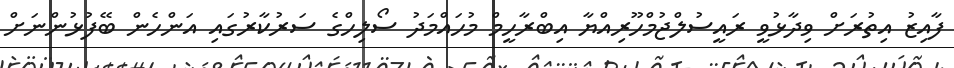
ފާއިޒު އިތުރަށް ވިދާޅުވީ ރައީސުލްޖުމްހޫރިއްޔާ އިބްރާހީމް މުހައްމަދު ސޯލިހްގެ ސަރުކާރުގައި އަންހެން ބޭފުޅުންނަށް